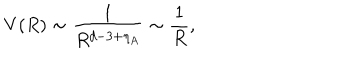
V ( R ) \sim \frac { 1 } { R ^ { d - 3 + \eta _ { A } } } \sim \frac { 1 } { R } ,